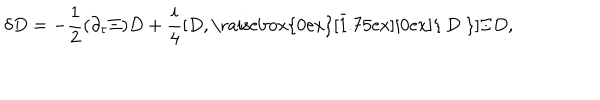
{ \delta } D = - { \frac { 1 } { 2 } } ( \partial _ { \tau } \Xi ) D + { \frac { i } { 4 } } [ D , \bar { \mathrm { \raisebox { 0 e x } [ 1 . 7 5 e x ] [ 0 e x ] { ~ D ~ } } } ] { \Xi } D ,